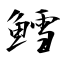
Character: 鱈